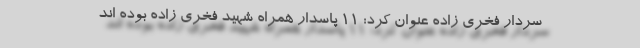
سردار فخری زاده عنوان کرد: 11 پاسدار همراه شهید فخری زاده بوده اند